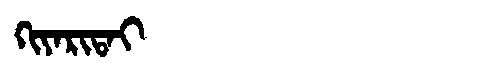
Manchu: ᡴᡳᠶᠠᡵᡳᡨᠠᡳ
Romanization: KIYARITAI